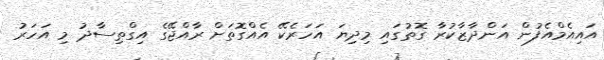
އައިއެމްއެފުން އަންދާޒާކުރާ ގޮތުގައި މިދިޔަ އަހަރެކޭ އެއްގޮތަށް ރާއްޖޭގެ އިގްތިސާދު މި އަހަރު